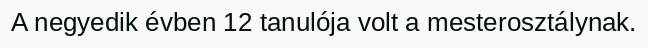
A negyedik évben 12 tanulója volt a mesterosztálynak.